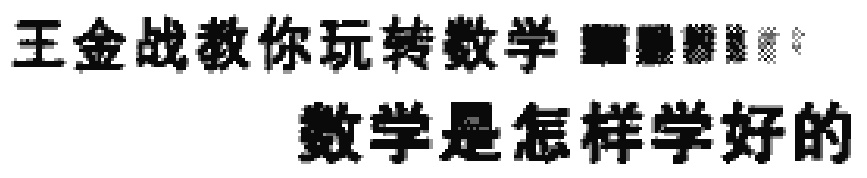
王金战教你玩转数学  数学是怎样学好的